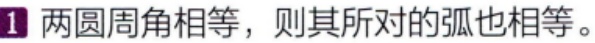
1 两圆周角相等，则其所对的弧也相等。